Seli_vallavalitsus_Parnumaal, lk 6
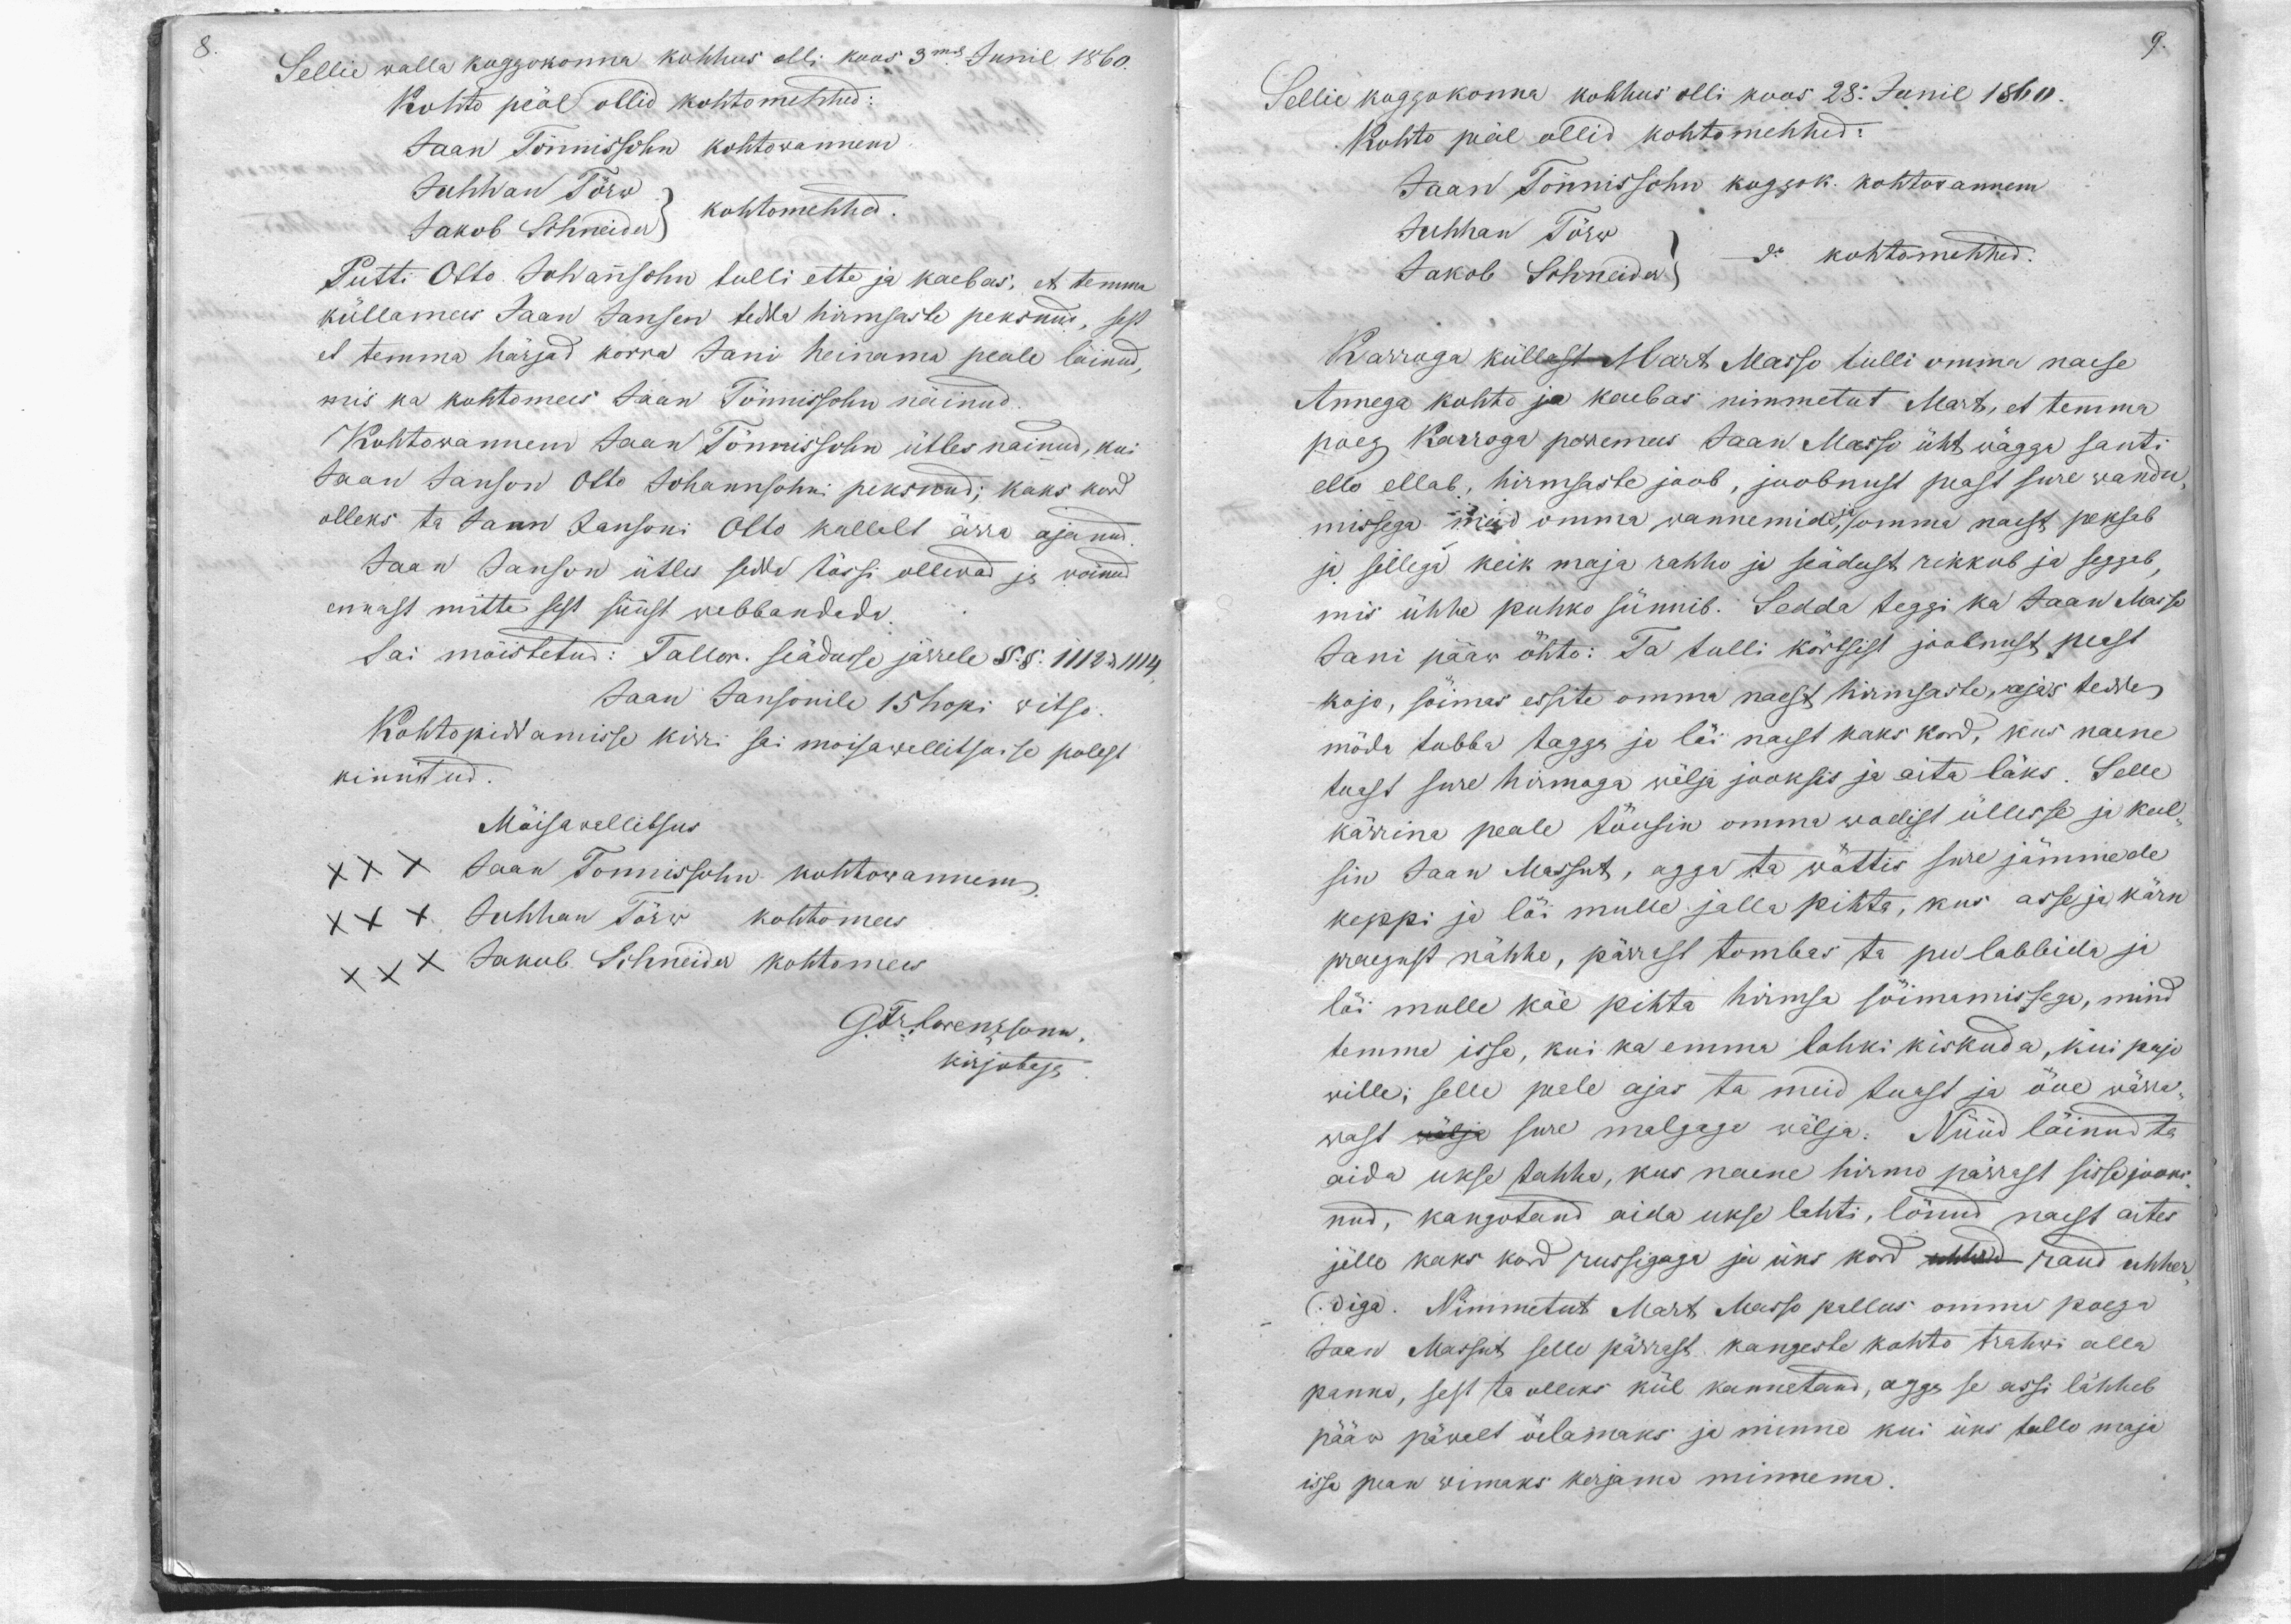
9.

Sellie walla koggokonna kohhus olli koos 3mal Junil 1860.
Kohto peäl ollid kohtomehhed:
Jaan Tönnissohn kohtowannem
Juhhan Tõrw
kohtomehhed.
Jakob Schneider
Putti Otto Johannsohn tulli ette ja kaebas, et temma
küllamees Jaan Jansen teda hirmsaste peksnud, sest
et temma härjad korra Jani heinama peale läinud,
mis ka kohtomees Jaan Tönnissohn näinud.
Kohtowannem Jaan Tönnissohn ütles nainud, kui
Jaan Janson Otto Johannsohni peksnud; kaks kord
olleks ta Jaan Jansoni Otto kallalt ärra ajanud
Jaan Janson ütles sedda tössi ollewad ja wõinud
ennast mitte sest süüst wabbandada.
Sai möistetud: Tallar. seadusse järrele §.§. 1112 & 1114
Jaan Jansonile 15 hopi witso
Kohtopidamisse kirri sai moisawallitsusse polest
kinnitud.
Möisawallitsus
XXX Jaan Tonnissohn kohtowannem.
XX Juhhan Törw kohtomees
XXX Jakob Schneider kohtomees
G. Fr. Lorenzsonn,
kirjotaja

Sellie koggokonna kohhus olli koos 28. Junil 1860.
Kohto peäl ollid kohtomehhed:
Jaan Tõnnissohn koggok. kohtowannem
Juhhan Törw do kohtomehhed.
Jakob Schneider
Karroga küllast Mart Masso tulli omma naese
Annega kohto ja kaebas nimmetut Mart, et temma
poeg Karroga perremees Jaan Masso üht wägga santi
ello ellab, hirmsaste joob, joobnust peast sure wandu-
missega meid omma wannemid ja, omma naist peksab
ja sellega keik maja rahho ja seädust rikkub ja seggab;
mis ühhe puhko sünnib. Sedda teggi ka Jaan Masso
Jani pääw öhto: Ta tulli körtsist joobnust peast
kojo, sõimas essite omma naest hirmsaste, ajas teisse
möda tubba tagga ja löi naist kaks kord, kus naene
tuast sure hirmoga wälja jooksis ja aita läks. Selle
kärrina peale töusin omma wodist üllesse ja keel-
sin Jaan Massut, agga ta wöttis sure jämmede
keppi ja löi mulle jalla pihta, kus asse ja kärn
praegust nähha, pärrast tombas ta pu labbida ja
löi mulle käe pihta hirmsa sõimamissega, mind
temma issa, kui ka emma lahki kiskuda, kui pajo
wille; selle peale ajas ta meid tuast ja öue wärra-
wast wälja sure malgage wälja. Nüüd läinud ta
aida ukse tahha, kus naene hirmo pärrast sisse jooks
nud, kangotand aida ukse lahti, lönud naest aites
jälle kaks kord russigaga ja üks kord uhherd raud uhher
diga. Nimmetut Mart Masso pallus omma poega
Jaan Massut selle pärrast kangeste kohto trahwi alla
panna, sest ta olleks kül kannatanud, agga se assi lähheb
pääw päwast öelaimaks ja minna kui üks tallo maja
issa pean wimaks kerjama minnema.